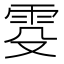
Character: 𬯹